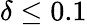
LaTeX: \delta\le 0.1